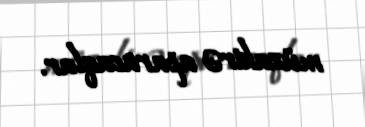
müzakirə aparacaqlar.